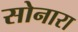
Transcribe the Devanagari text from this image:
सोनारा